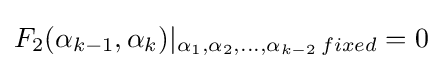
F_{2}(\alpha _{k-1},\alpha _{k})|_{\alpha _{1},\alpha _{2},...,\alpha _{k-2}\,fixed}=0